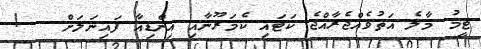
ޓީމު މާލެ އަތުވެއްޖެރާއްޖެ ކަޓައި ކެމަރޫނާއި އިންޑިއާ ފައިނަލަށް   !